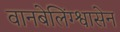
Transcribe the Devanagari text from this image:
वानबेलिंग्श्वासेन